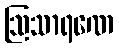
ဩသာရဏေ